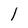
Character: l